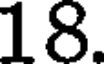
18.